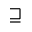
\sqsupseteq